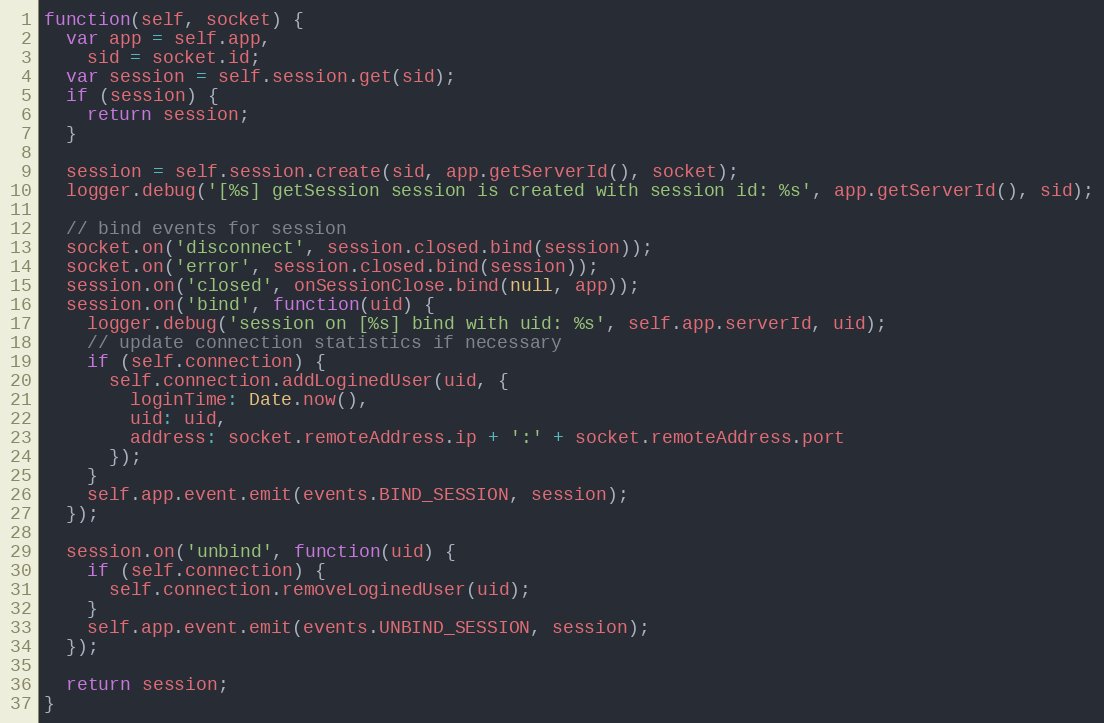
Language: JavaScript
function(self, socket) {
  var app = self.app,
    sid = socket.id;
  var session = self.session.get(sid);
  if (session) {
    return session;
  }

  session = self.session.create(sid, app.getServerId(), socket);
  logger.debug('[%s] getSession session is created with session id: %s', app.getServerId(), sid);

  // bind events for session
  socket.on('disconnect', session.closed.bind(session));
  socket.on('error', session.closed.bind(session));
  session.on('closed', onSessionClose.bind(null, app));
  session.on('bind', function(uid) {
    logger.debug('session on [%s] bind with uid: %s', self.app.serverId, uid);
    // update connection statistics if necessary
    if (self.connection) {
      self.connection.addLoginedUser(uid, {
        loginTime: Date.now(),
        uid: uid,
        address: socket.remoteAddress.ip + ':' + socket.remoteAddress.port
      });
    }
    self.app.event.emit(events.BIND_SESSION, session);
  });

  session.on('unbind', function(uid) {
    if (self.connection) {
      self.connection.removeLoginedUser(uid);
    }
    self.app.event.emit(events.UNBIND_SESSION, session);
  });

  return session;
}